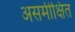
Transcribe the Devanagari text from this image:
असमीक्षित